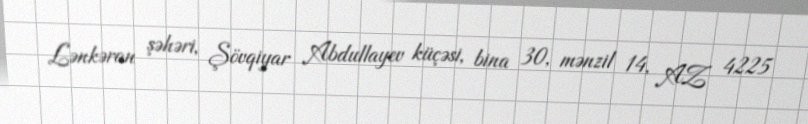
Lənkəran şəhəri, Şövqiyar Abdullayev küçəsi, bina 30, mənzil 14, AZ 4225